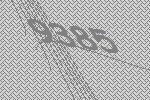
9385